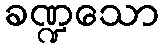
ခဏ္ဍသော